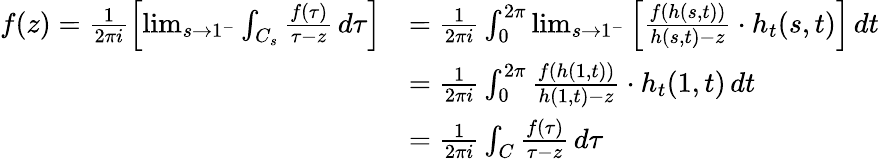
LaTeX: \begin{array}{rl}{f(z)=\frac{1}{2\pi i}\left[\operatorname*{lim}_{s\to 1^{-}}\int_{C_{s}}\frac{f(\tau)}{\tau-z}\, d\tau\right]}&{=\frac{1}{2\pi i}\int_{0}^{2\pi}\operatorname*{lim}_{s\to 1^{-}}\left[\frac{f(h(s,t))}{h(s,t)-z}\cdot h_{t}(s,t)\right]\, dt}\\ &{=\frac{1}{2\pi i}\int_{0}^{2\pi}\frac{f(h(1,t))}{h(1,t)-z}\cdot h_{t}(1,t)\, dt}\\ &{=\frac{1}{2\pi i}\int_{C}\frac{f(\tau)}{\tau-z}\, d\tau}\end{array}